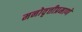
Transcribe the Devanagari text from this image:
मनोवृत्तीप्रमाणे